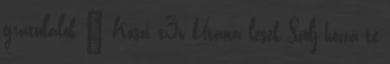
gratulálok 🙂 Köszi, t3v Utána lesek Szólj hozzá te